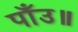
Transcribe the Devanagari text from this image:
पाँउ॥